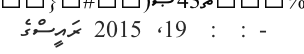
- :  :  19